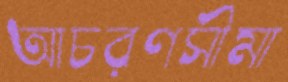
আচরণসীমা